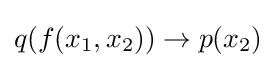
q(f(x_{1},x_{2}))\to p(x_{2})